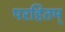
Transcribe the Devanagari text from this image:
परहितम्